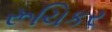
રૂચિકર